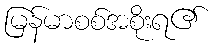
မြန်မာစစ်အစိုးရ၏